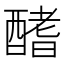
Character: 𨢍